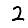
Digit: 2